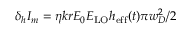
\delta _ { h } I _ { m } = \eta k r E _ { 0 } E _ { \mathrm { L O } } h _ { \mathrm { e f f } } ( t ) \pi w _ { D } ^ { 2 } / 2